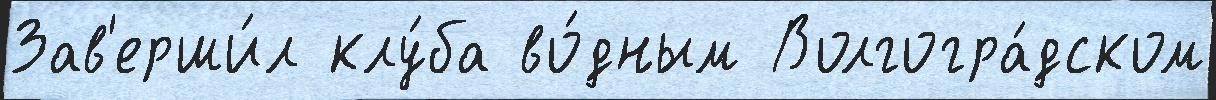
Зав'ерши́л клу́ба во́дным Волгогра́дском